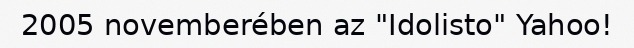
2005 novemberében az "Idolisto" Yahoo!